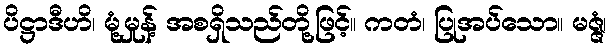
ပိဋ္ဌာဒီဟိ၊ မုံ့မှုန့် အစရှိသည်တို့ဖြင့်။ ကတံ၊ ပြုအပ်သော။ မဇ္ဇံ၊